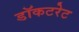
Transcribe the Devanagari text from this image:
डॉकटरेट